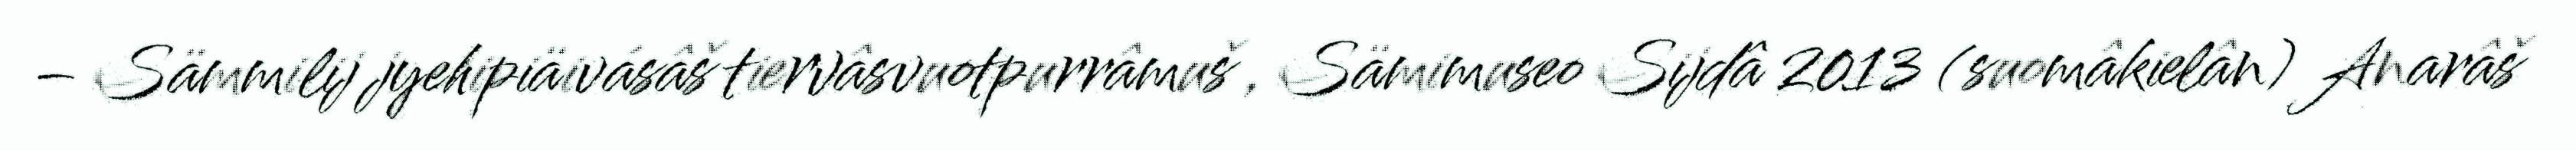
– Sämmilij jyehipiäivásâš tiervâsvuotpurrâmuš , Sämimuseo Sijdâ 2013 (suomâkielân) Anarâš